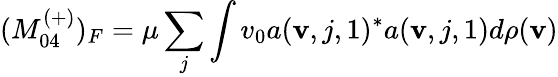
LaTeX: (M_{04}^{(+)})_{F}=\mu\sum_{j}\int v_{0}a({\mathbf v},j,1)^{*}a({\mathbf v},j,1)d\rho({\mathbf v})